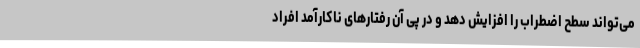
می‌تواند سطح اضطراب را افزایش دهد و در پی آن رفتارهای ناکارآمد افراد